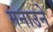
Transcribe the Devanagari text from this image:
मनाउने